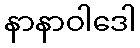
နာနာဝါဒေါ